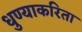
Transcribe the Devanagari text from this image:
धुण्याकरिता